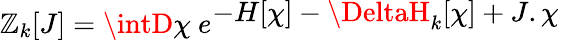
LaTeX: {\cal\mathbb{Z}}_{k}[J]=\intD\chi\ e^{\displaystyle-H[\chi]-\DeltaH_{k}[\chi]+J.\chi}